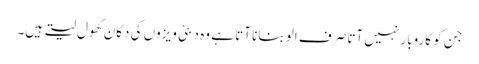
جن کو کاروبار نہیں آتا صرف الو بنانا آتا ہے وہ دبئی ویزوں کی دکان کھول لیتے ہیں۔